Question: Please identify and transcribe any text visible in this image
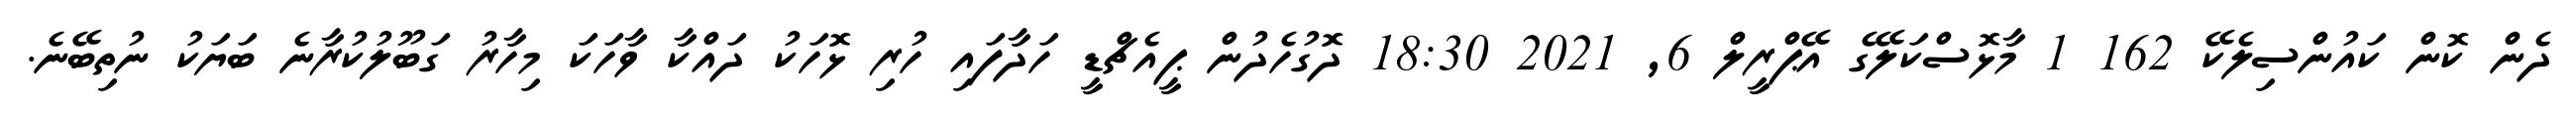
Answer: ދެން ކޮން ކައުންސިލެކޭ 162 1 މާޅޮސްކަލޭގެ އޭޕްރީލް 6, 2021 18:30 ދޮގުހެދުން ޕީއެޗްޑީ ހަދާފައި ހުރި ޅޮހަކު ދައްކާ ވާހަކަ މިހާރު ގަބޫލުކުރާނެ ބަޔަކު ނުތިބޭނެ.